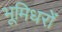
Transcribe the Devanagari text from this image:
भूमिधरों